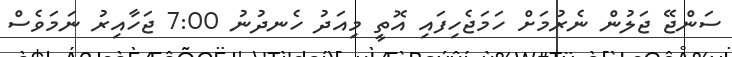
ސަންޖޭ ޖަލުން ނެރުމަށް ހަމަޖެހިފައި އޮތީ މިއަދު ހެނދުނު 7:00 ޖަހާއިރު ނަމަވެސް